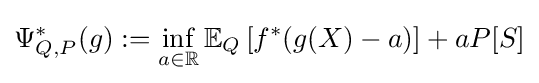
\Psi _{Q,P}^{*}(g):=\inf _{a\in \mathbb {R} }\mathbb {E} _{Q}\left[f^{*}(g(X)-a)\right]+aP[S]